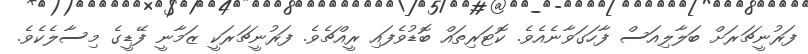
ފަރުނީޗަރަށް ބަލާލިއަސް ފާހަގަވާނެއެވެ. ކޮޓަރިތައް ބޮޑުވެފައި ރީއްޗެވެ. ފަރުނީޗަރަކީ ޒަމާނީ ފޭޑީގެ މިސާލެކެވެ.